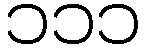
၁၁၁